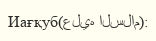
Иағқуб(عليه السلام):